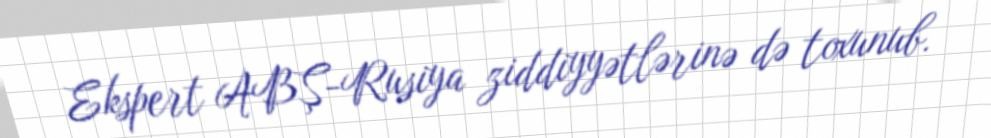
Ekspert ABŞ-Rusiya ziddiyyətlərinə də toxunub.